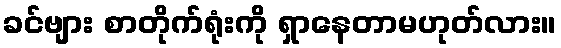
ခင်ဗျား စာတိုက်ရုံးကို ရှာနေတာမဟုတ်လား။